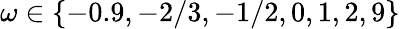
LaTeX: \omega\in\{ -0.9,-2/3,-1/2,0,1,2,9\}